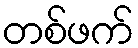
တစ်ဖက်